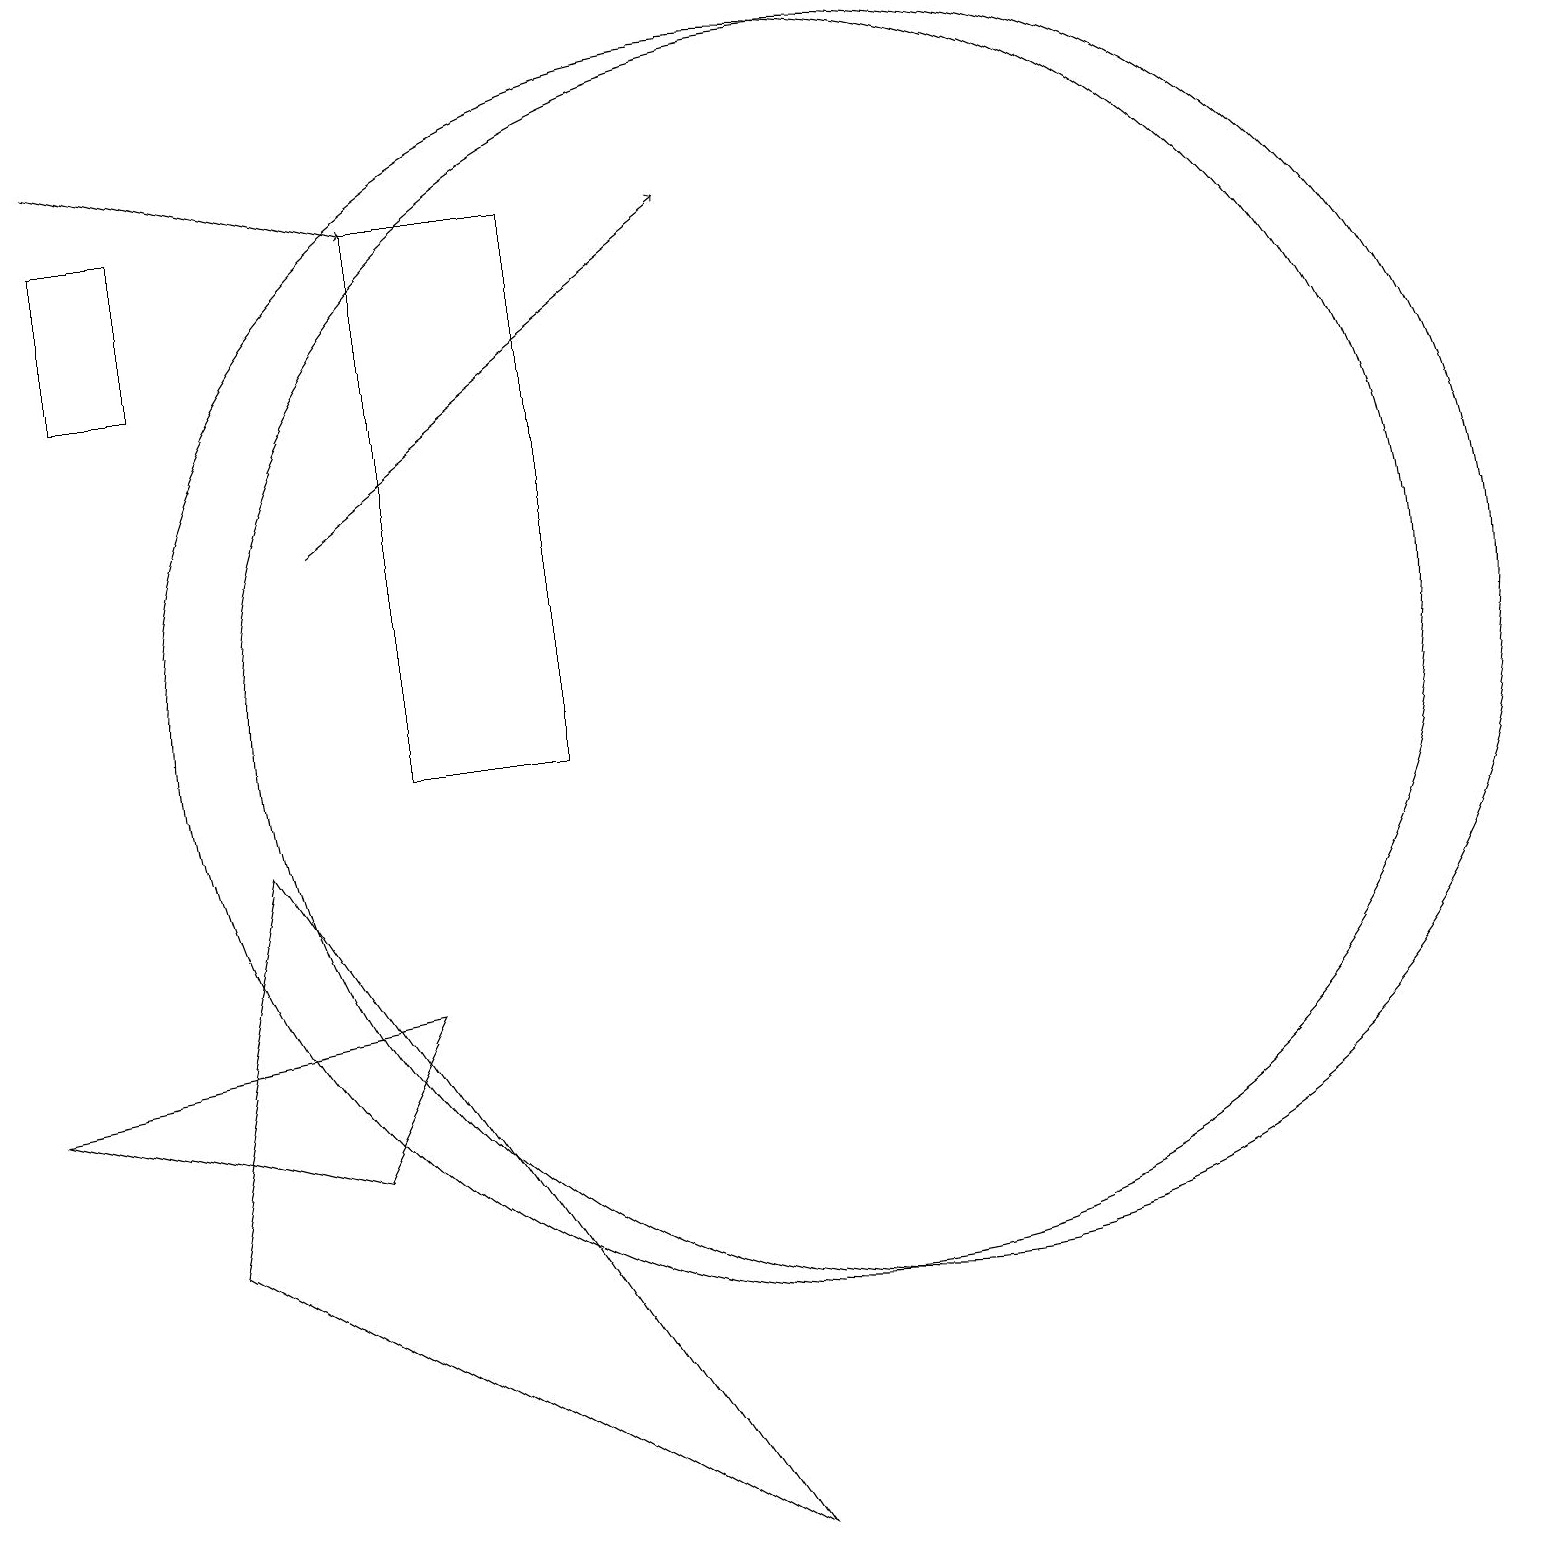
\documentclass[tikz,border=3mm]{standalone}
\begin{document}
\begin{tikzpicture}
\draw (7,10) rectangle (5,17);
\draw (3,9) -- (2,4) -- (9,0) -- cycle;
\draw (5,7) -- (4,5) -- (0,6) -- cycle;
\draw (2,17) rectangle (1,15);
\draw (10,11) circle (8);
\draw[->] (4,13) -- (9,17);
\draw (11,11) circle (8);
\draw[->] (1,18) -- (5,17);
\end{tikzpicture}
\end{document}